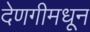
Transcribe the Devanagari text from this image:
देणगीमधून